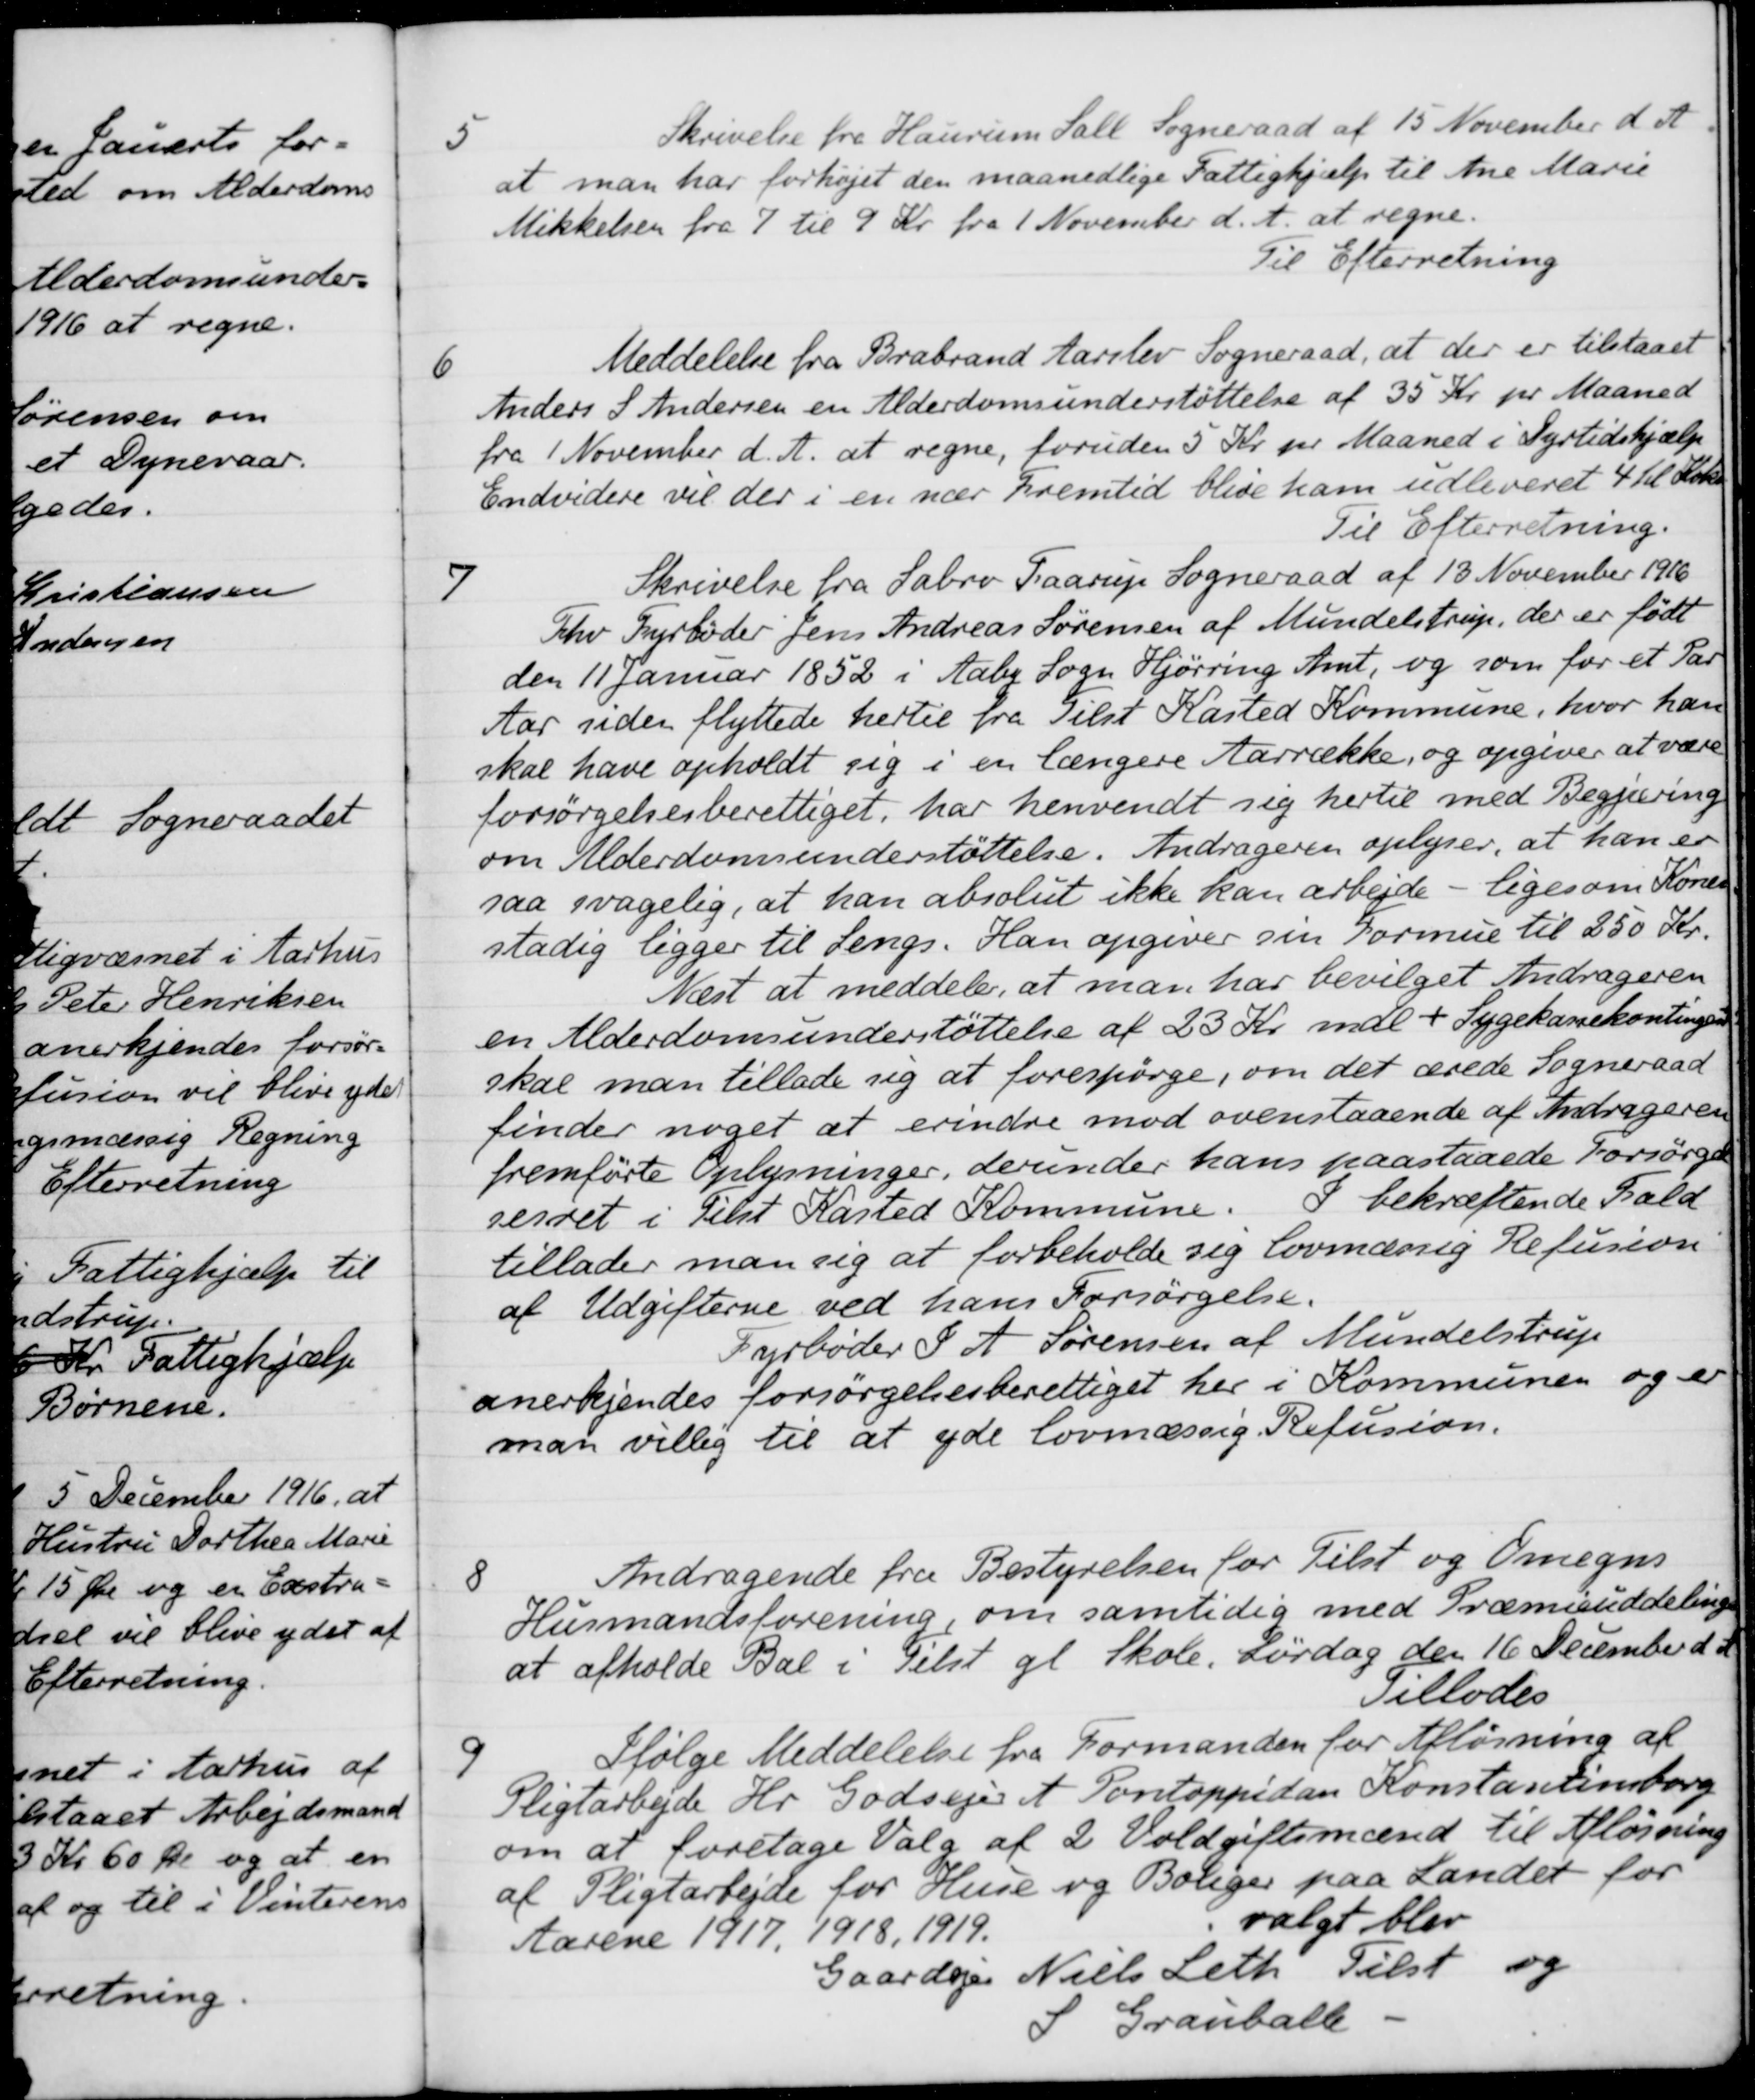
Transskription:
5
Skrivelse fra Haurum Sall Sogneraad af 15 November d. A.
at man har forhøjet den maanedlige Fattighjælp til Ane Marie
Mikkelsen fra 7 til 9 Kr. fra 1 November d. A. at regne.
Til Efterretning
6
Meddelelse fra Brabrand Aarslev Sogneraad, at der er tilstaaet
Anders S Andersen en Alderdomsunderstøttelse af 35 Kr. pr. Maaned
fra 1 November d. A. at regne, foruden 5 Kr. pr. Maaned i Dyrtidshjælp
Endvidere vil der i en nær Fremtid blive ham udleveret 4 hl Koks
Til Efterretning.
7
Skrivelse fra Sabro Faarup Sogneraad af 13 November 1916
Fhv Fyrbøder Jens Andreas Sørensen af Mundelstrup, der er født
den 11 Januar 1852 i Aaby Sogn Hjørring Amt, og som for et Par
Aar suden flyttede hertil fra Tilst Kasted Kommune, hvor han
skal have opholdt sig i en længere Aarrække, og opgiver at være
forsørgelsesberettiget, har henvendt sig hertil med Begjæring
om Alderdomsunderstøttelse. Andrageren oplyser, at han er
saa svagelig, at han absolut ikke kan arbejde - ligesom Konen
stadig ligger til Sengs. Han opgiver sin Formue til 250 Kr.
Næst at meddele, at man har bevilget Andrageren
en Alderdomsunderstøttelse af 23 Kr. mdl + Sygekassekontingent
skal man tillade sig at forespørge, om det ærede Sogneraad
finder noget at erindre mod ovenstaaende af Andrageren
fremførte Oplysninger, derunder hans paastaaede Forsørgel-
sesret i Tilst Kasted Kommune. I bekræftende Fald
tillader man sig at forbeholde sig lovmæssig Refusion
af Udgifterne ved hans Forsørgelse.
Fyrbøder S A Sørensen af Mundelstrup
anerkjendes forsørgelsesberettiget her i Kommunen og er
man villig til at yde lovmæssig Refusion.
8
Andragende fra Bestyrelsen for Tilst og Omegns
Husmandsforening om samtidig med Præmieuddeling
at afholde Bal i Tilst gl Skole, Lørdag den 16 December d. A.
Tillodes
9
Ifølge Meddelelse fra Formanden for Afløsning af
Pligtarbejde Hr. Godsejer et Pontoppidan Konstantionsborg
om at foretage Valg af 2 Voldgiftsmænd til Afløsning
af Pligtarbejde for Huse og Boliger paa Landet for
Aarene 1917, 1918, 1919.
valgt blev
Gaardejer Niels Leth Tilst og
S Grauballe